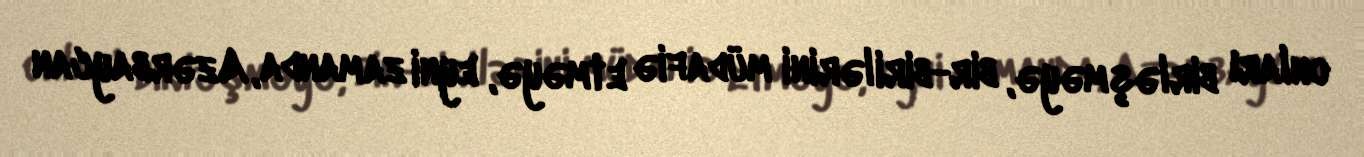
onları birləşməyə, bir-birilərini müdafiə etməyə, eyni zamanda, Azərbaycan